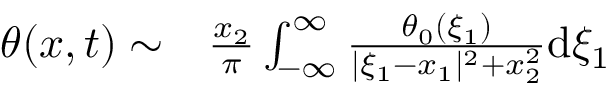
\begin{array} { r l } { \theta ( x , t ) \sim } & { { } \frac { x _ { 2 } } { \pi } \int _ { - \infty } ^ { \infty } \frac { \theta _ { 0 } ( \xi _ { 1 } ) } { | \xi _ { 1 } - x _ { 1 } | ^ { 2 } + x _ { 2 } ^ { 2 } } \mathrm { d } \xi _ { 1 } } \end{array}